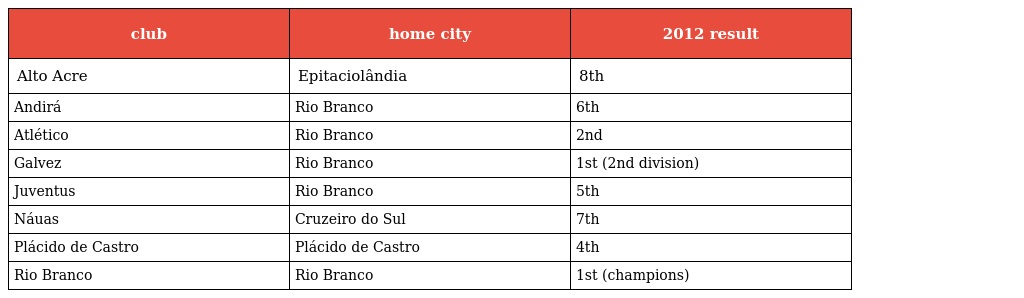
| club | home city | 2012 result |
 | --- | --- | --- |
 | Alto Acre | Epitaciolândia | 8th |
 | Andirá | Rio Branco | 6th |
 | Atlético | Rio Branco | 2nd |
 | Galvez | Rio Branco | 1st (2nd division) |
 | Juventus | Rio Branco | 5th |
 | Náuas | Cruzeiro do Sul | 7th |
 | Plácido de Castro | Plácido de Castro | 4th |
 | Rio Branco | Rio Branco | 1st (champions) |